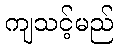
ကျသင့်မည်